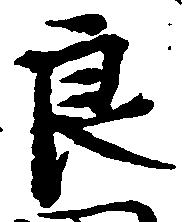
良